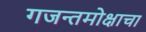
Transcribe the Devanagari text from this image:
गजन्तमोक्षाचा